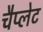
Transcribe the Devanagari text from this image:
चैप्लेट